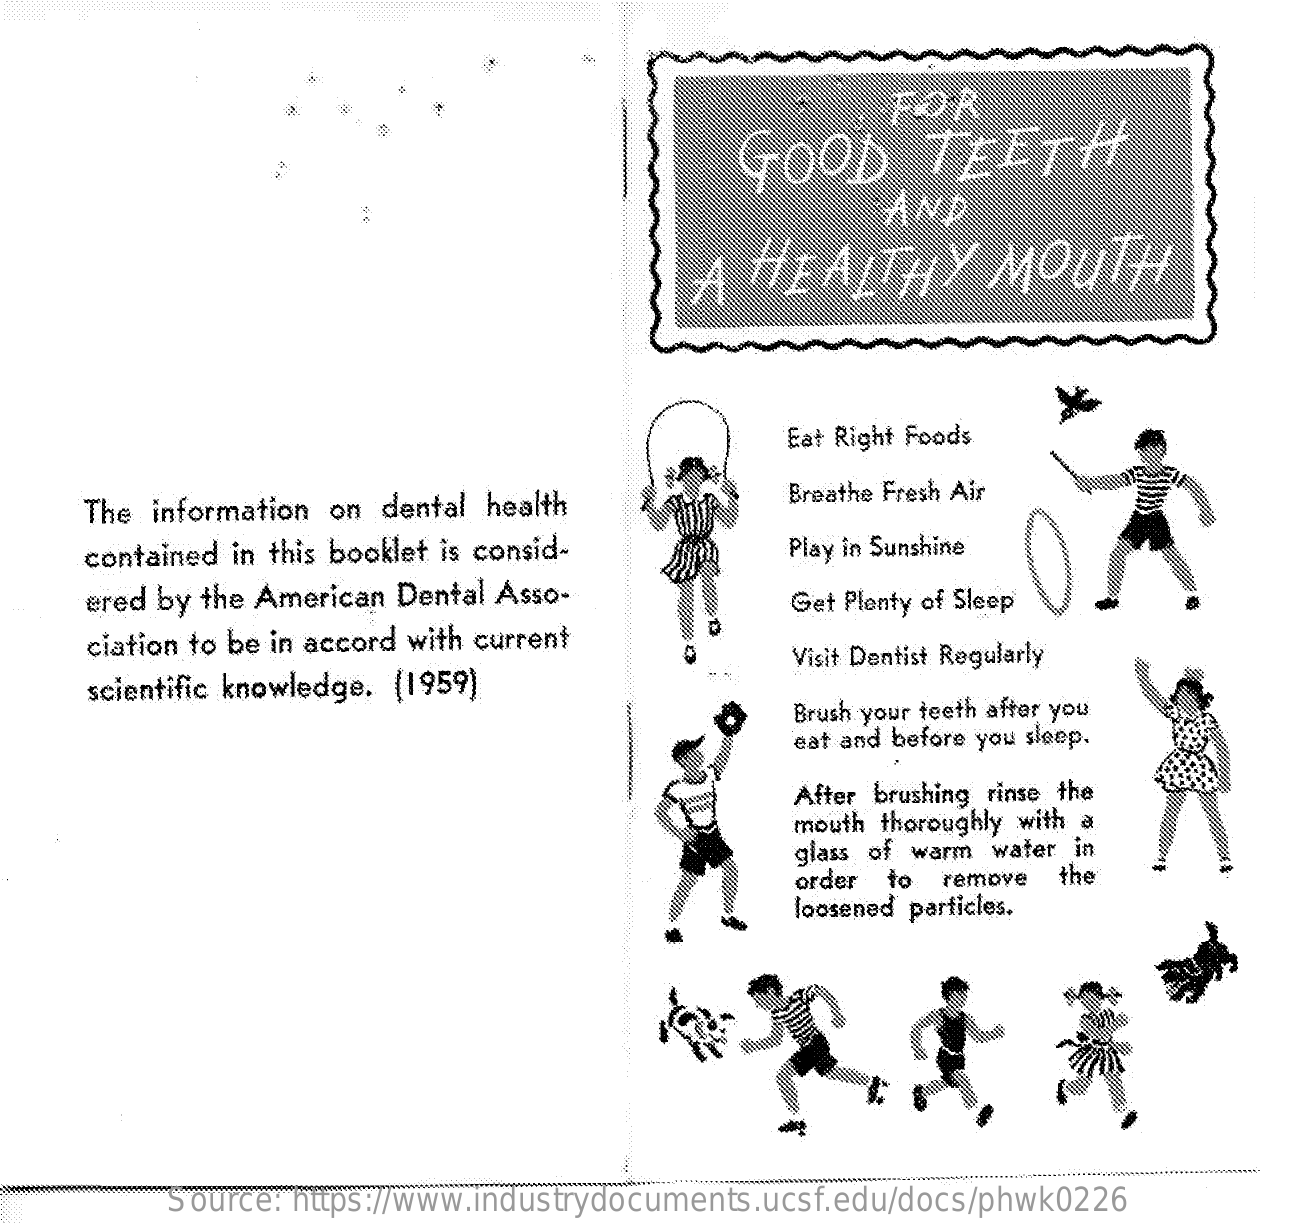
FOR
     FOOD    TEETH
     AND
     HEALTHY    MOUTH
     Eat Right Foods
     The information on dental health    Breathe Fresh Air
     contained in this booklet is consid-    Play in Sunshine
     ered by the American Dental Asso-    Get Plenty of Sleep
     ciation to be in accord with current
     scientific knowledge. (1959)
     Visit Dentist Regularly
     Brush your teeth after you
     eat and before you sleep.
     After brushing rinse the
     mouth thoroughly with a
     glass of warm water in
     order to remove the
     loosened particles.
     Source: https://www.industrydocuments.ucsf.edu/docs/phwk0226